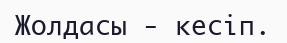
Жолдасы - кесіп.